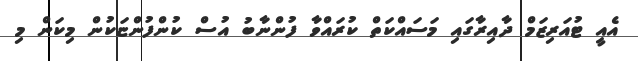
އެއީ ޓުއަރިޒަމް ދާއިރާގައި މަސައްކަތް ކުރައްވާ ފުންނާބު އުސް ކުންފުންޏަކުން މިކަން މި